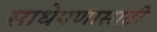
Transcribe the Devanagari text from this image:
साधेपणासाठी